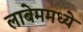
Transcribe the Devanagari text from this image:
लाबेममध्ये